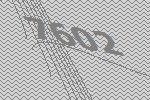
7602